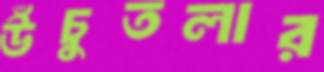
উঁচুতলার